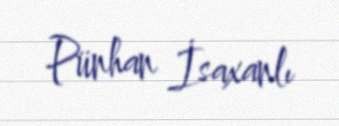
Pünhan İsaxanlı